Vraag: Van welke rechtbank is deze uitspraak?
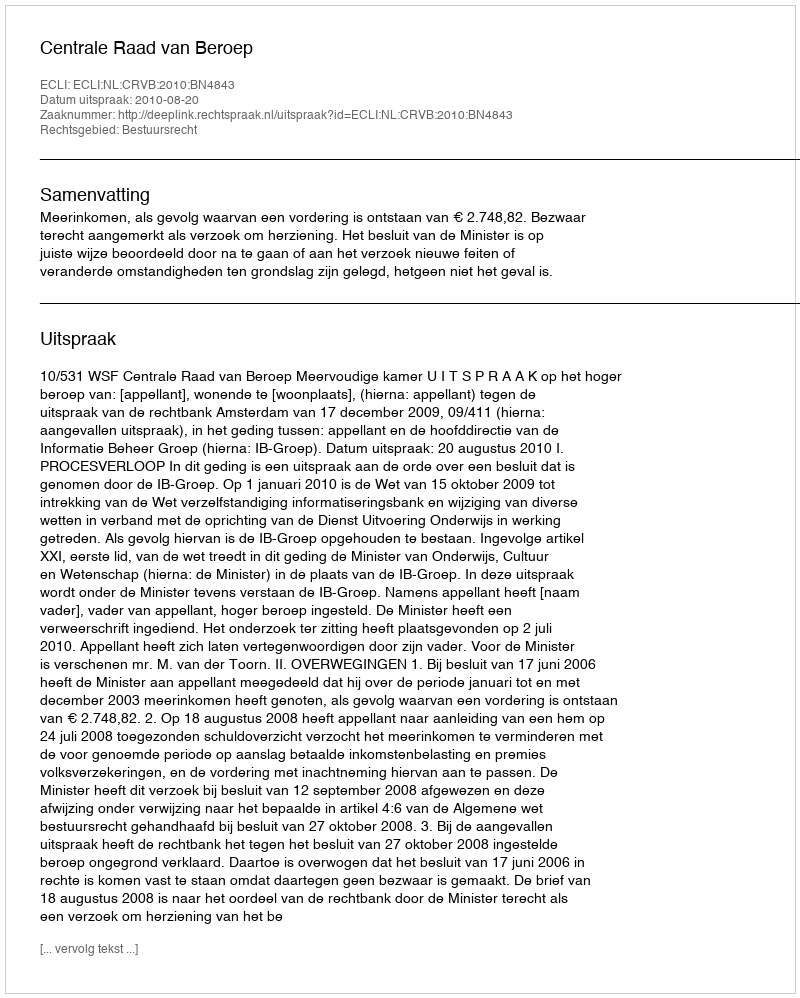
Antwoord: Centrale Raad van Beroep